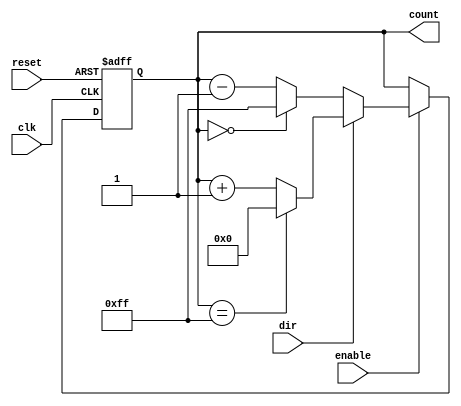
module Synchronous_Counter #(
    parameter WIDTH = 8,                // Bit-width of the counter
    parameter MAX_COUNT = 255,          // Maximum count value (2^WIDTH - 1 for an 8-bit counter)
    parameter INITIAL_VALUE = 0          // Initial value of the counter
)(
    input wire clk,                     // Clock input
    input wire reset,                   // Asynchronous reset
    input wire enable,                  // Count enable
    input wire dir,                     // Count direction (1 = up, 0 = down)
    output reg [WIDTH-1:0] count        // Current count value
);

    always @(posedge clk or posedge reset) begin
        if (reset) begin
            count <= INITIAL_VALUE;      // Set to initial value on reset
        end else if (enable) begin
            if (dir) begin
                // Count up
                if (count == MAX_COUNT) begin
                    count <= INITIAL_VALUE; // Wrap around to initial value
                end else begin
                    count <= count + 1;    // Increment count
                end
            end else begin
                // Count down
                if (count == INITIAL_VALUE) begin
                    count <= MAX_COUNT;    // Wrap around to max count
                end else begin
                    count <= count - 1;    // Decrement count
                end
            end
        end
    end

endmodule